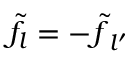
{ \tilde { f } } _ { l } = { - \tilde { f } } _ { l { ' } }